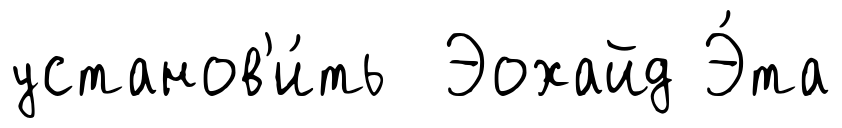
установ'и́ть Эохайд Э́та